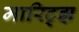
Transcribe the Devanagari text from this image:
मारिट्झ